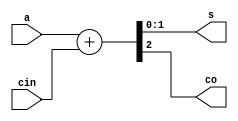
module adder_4bit(a,cin,s,co);

// input
input [1:0] a; 
input cin;

// output
output reg [1:0] s; 
output reg co; // 1 co  

always @(*)
begin
	{co,s} <= a + cin; 
end

endmodule